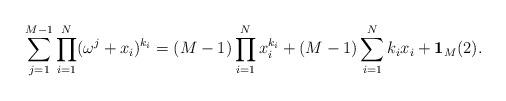
LaTeX: \begin{align*}\sum_{j=1}^{M-1} \prod_{i=1}^N(\omega^{j}+x_{i})^{k_i}= (M-1)\prod_{i=1}^{N}{x_{i}^{k_i}} + (M-1)\sum_{i=1}^{N}{k_ix_i}+\mathbf{1}_{M}(2).\end{align*}